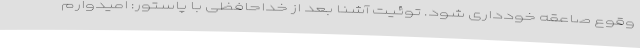
وقوع صاعقه خودداری شود. توئیت آشنا بعد از خداحافظی با پاستور: امیدوارم